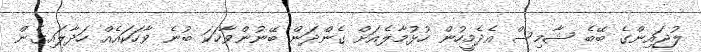
ލުޖައިންގެ ބޭބެ ޝާމިސް އެދެމީހުން ހުޅުމާލެއަށް ގެންދަން ބޭނުންވާހަކަ ބުނެ ވާހަކައެއް ހަދާލައިގެން